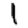
Digit: 1